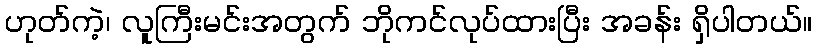
ဟုတ်ကဲ့၊ လူကြီးမင်းအတွက် ဘိုကင်လုပ်ထားပြီး အခန်း ရှိပါတယ်။